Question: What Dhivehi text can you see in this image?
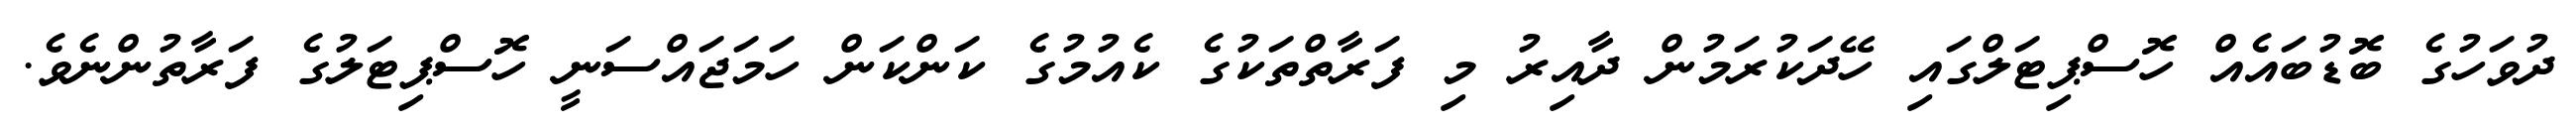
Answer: ދުވަހުގެ ބޮޑުބައެއް ހޮސްޕިޓަލްގައި ހޭދަކުރަމުން ދާއިރު މި ފަރާތްތަކުގެ ކެއުމުގެ ކަންކަން ހަމަޖައްސަނީ ހޮސްޕިޓަލުގެ ފަރާތުންނެވެ.